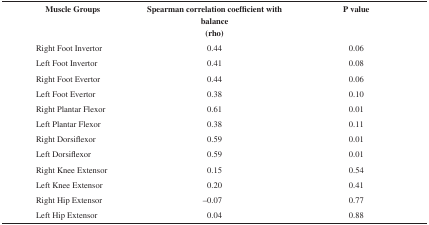
<table><thead><tr><td><b> Muscle Groups</b></td><td><b> Spearman correlationcoefficient with balance(rho)</b></td><td><b> P value</b></td></tr></thead><tbody><tr><td> Right Foot Invertor</td><td> 0.44</td><td> 0.06</td></tr><tr><td> Left Foot Invertor</td><td> 0.41</td><td> 0.08</td></tr><tr><td> Right Foot Evertor</td><td> 0.44</td><td> 0.06</td></tr><tr><td> Left Foot Evertor </td><td> 0.38</td><td> 0.10</td></tr><tr><td> Right Plantar Flexor</td><td> 0.61</td><td> 0.01</td></tr><tr><td> Left Plantar Flexor</td><td> 0.38</td><td> 0.11</td></tr><tr><td> Right Dorsiflexor </td><td> 0.59</td><td> 0.01</td></tr><tr><td> Left Dorsiflexor</td><td> 0.59</td><td> 0.01</td></tr><tr><td> Right Knee Extensor</td><td> 0.15</td><td> 0.54</td></tr><tr><td> Left Knee Extensor </td><td> 0.20</td><td> 0.41</td></tr><tr><td> Right Hip Extensor</td><td> –0.07</td><td> 0.77</td></tr><tr><td> Left Hip Extensor </td><td> 0.04</td><td> 0.88</td></tr></tbody></table>